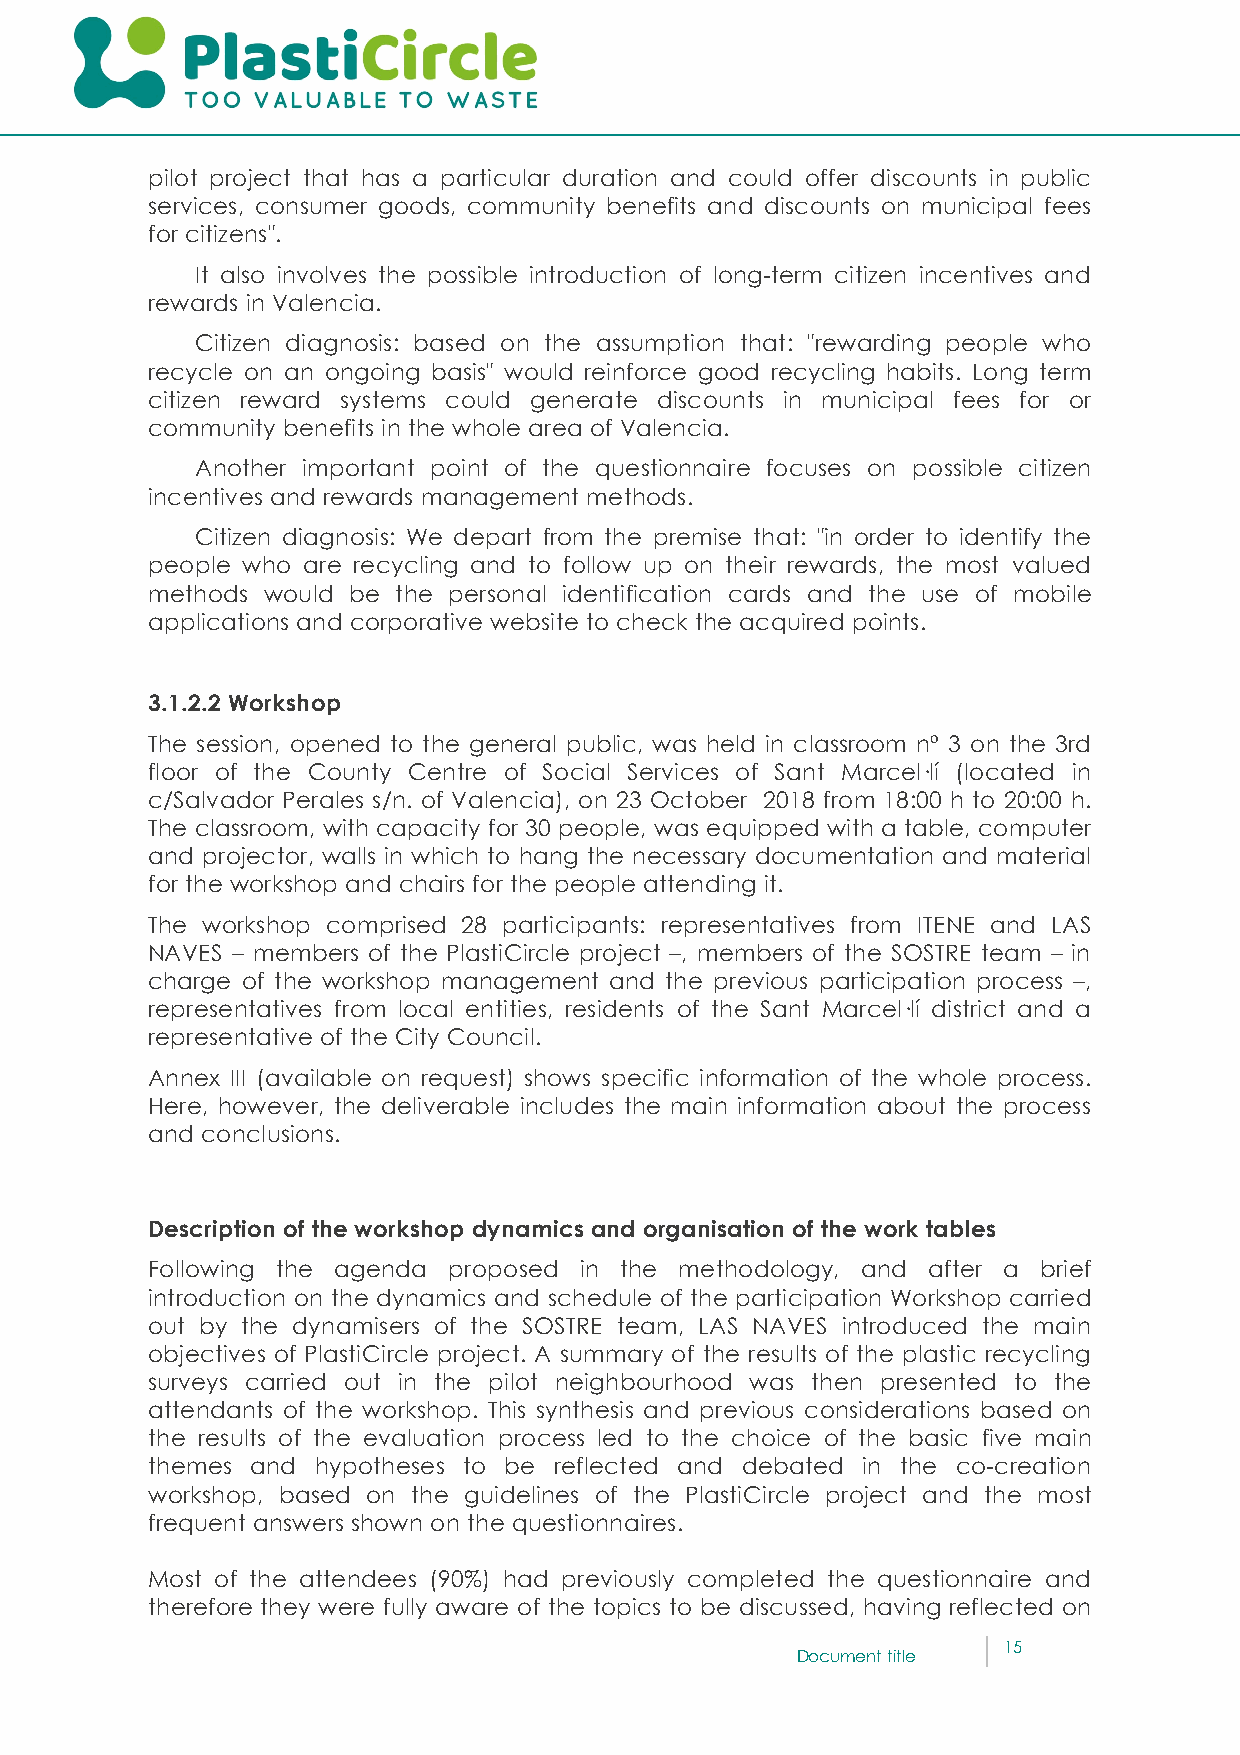
pilot project that has a particular duration and could offer discounts in public
 services, consumer goods, community benefits and discounts on municipal fees
 for citizens".
 It also involves the possible introduction of long-term citizen incentives and
 rewards in Valencia.
 Citizen diagnosis: based on the assumption that: "rewarding people who
 recycle on an ongoing basis" would reinforce good recycling habits. Long term
 citizen reward systems could generate discounts in municipal fees for or
 community benefits in the whole area of Valencia.
 Another important point of the questionnaire focuses on possible citizen
 incentives and rewards management methods.
 Citizen diagnosis: We depart from the premise that: "in order to identify the
 people who are recycling and to follow up on their rewards, the most valued
 methods would be the personal identification cards and the use of mobile
 applications and corporative website to check the acquired points.
 3.1.2.2 Workshop
 The session, opened to the general public, was held in classroom nº 3 on the 3rd
 floor of the County Centre of Social Services of Sant Marcel·lí (located in
 c/Salvador Perales s/n. of Valencia), on 23 October 2018 from 18:00 h to 20:00 h.
 The classroom, with capacity for 30 people, was equipped with a table, computer
 and projector, walls in which to hang the necessary documentation and material
 for the workshop and chairs for the people attending it.
 The workshop comprised 28 participants: representatives from ITENE and LAS
 NAVES – members of the PlastiCircle project –, members of the SOSTRE team – in
 charge of the workshop management and the previous participation process –,
 representatives from local entities, residents of the Sant Marcel·lí district and a
 representative of the City Council.
 Annex III (available on request) shows specific information of the whole process.
 Here, however, the deliverable includes the main information about the process
 and conclusions.
 Description of the workshop dynamics and organisation of the work tables
 Following the agenda proposed in the methodology, and after a brief
 introduction on the dynamics and schedule of the participation Workshop carried
 out by the dynamisers of the SOSTRE team, LAS NAVES introduced the main
 objectives of PlastiCircle project. A summary of the results of the plastic recycling
 surveys carried out in the pilot neighbourhood was then presented to the
 attendants of the workshop. This synthesis and previous considerations based on
 the results of the evaluation process led to the choice of the basic five main
 themes and hypotheses to be reflected and debated in the co-creation
 workshop, based on the guidelines of the PlastiCircle project and the most
 frequent answers shown on the questionnaires.
 Most of the attendees (90%) had previously completed the questionnaire and
 therefore they were fully aware of the topics to be discussed, having reflected on
 15
 Document title